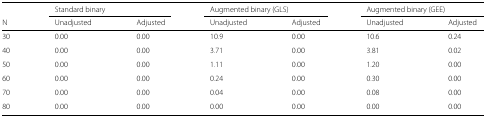
<table><thead><tr><td></td><td colspan="2"><b>Standard binary</b></td><td colspan="2"><b>Augmented binary (GLS)</b></td><td colspan="2"><b>Augmented binary (GEE)</b></td></tr><tr><td><b>N</b></td><td><b>Unadjusted</b></td><td><b>Adjusted</b></td><td><b>Unadjusted</b></td><td><b>Adjusted</b></td><td><b>Unadjusted</b></td><td><b>Adjusted</b></td></tr></thead><tbody><tr><td>30</td><td>0.00</td><td>0.00</td><td>10.9</td><td>0.00</td><td>10.6</td><td>0.24</td></tr><tr><td>40</td><td>0.00</td><td>0.00</td><td>3.71</td><td>0.00</td><td>3.81</td><td>0.02</td></tr><tr><td>50</td><td>0.00</td><td>0.00</td><td>1.11</td><td>0.00</td><td>1.20</td><td>0.00</td></tr><tr><td>60</td><td>0.00</td><td>0.00</td><td>0.24</td><td>0.00</td><td>0.30</td><td>0.00</td></tr><tr><td>70</td><td>0.00</td><td>0.00</td><td>0.04</td><td>0.00</td><td>0.08</td><td>0.00</td></tr><tr><td>80</td><td>0.00</td><td>0.00</td><td>0.00</td><td>0.00</td><td>0.00</td><td>0.00</td></tr></tbody></table>